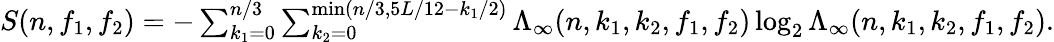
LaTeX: \begin{array}{r}{S(n,f_{1},f_{2})=-\sum_{k_{1}=0}^{n/3}\sum_{k_{2}=0}^{\operatorname*{min}(n/3,5L/12-k_{1}/2)}\Lambda_{\infty}(n,k_{1},k_{2},f_{1},f_{2})\log_{2}\Lambda_{\infty}(n,k_{1},k_{2},f_{1},f_{2}).}\end{array}